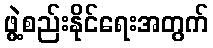
ဖွဲ့စည်းနိုင်ရေးအတွက်